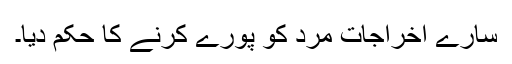
سارے اخراجات مرد کو پورے کرنے کا حکم دیا۔